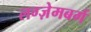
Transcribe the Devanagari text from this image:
लग्ज़ेमबर्ग